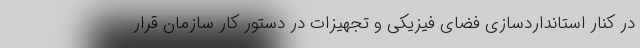
در کنار استانداردسازی فضای فیزیکی و تجهیزات در دستور کار سازمان قرار